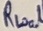
Text: RLoal